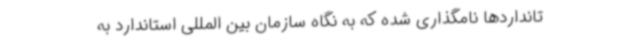
تانداردها نامگذاری شده که به نگاه سازمان بین المللی استاندارد به